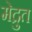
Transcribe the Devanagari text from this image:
मेद्रुत